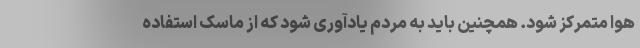
هوا متمرکز شود. همچنین باید به مردم یادآوری شود که از ماسک استفاده